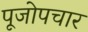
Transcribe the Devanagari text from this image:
पूजोपचार